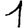
Digit: 1